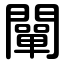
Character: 闡